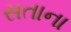
સતાના